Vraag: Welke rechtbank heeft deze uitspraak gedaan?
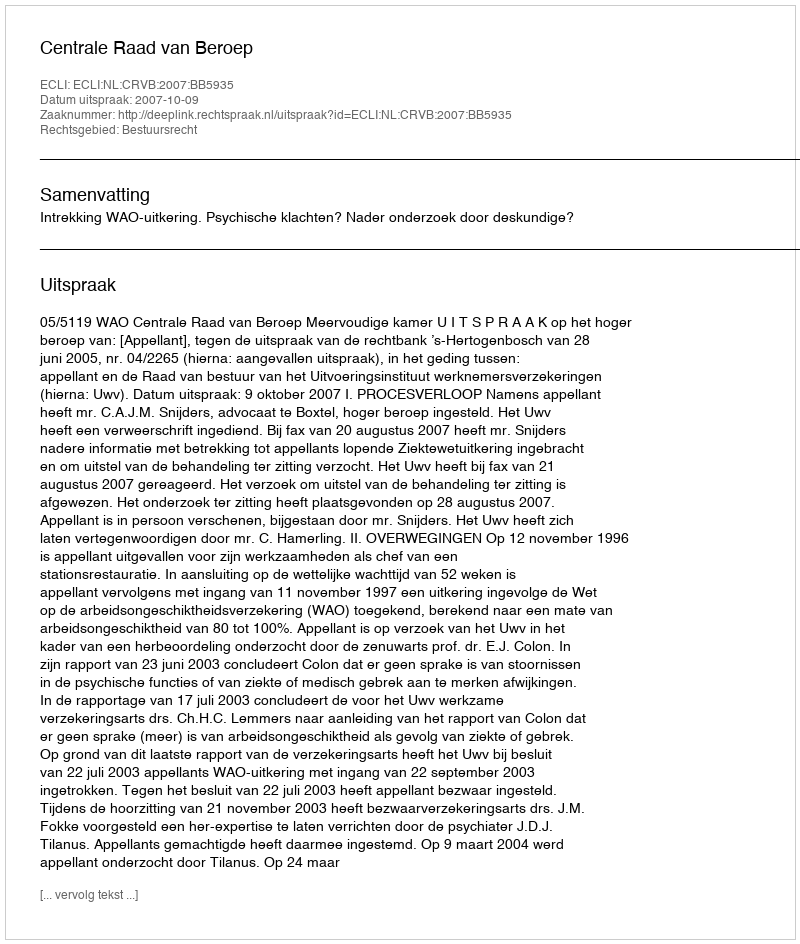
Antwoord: Centrale Raad van Beroep